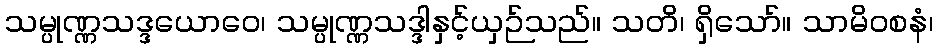
သမ္ပုဏ္ဏသဒ္ဒယောဝေ၊ သမ္ပုဏ္ဏသဒ္ဒါနှင့်ယှဉ်သည်။ သတိ၊ ရှိသော်။ သာမိဝစနံ၊